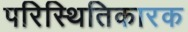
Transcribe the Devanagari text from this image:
परिस्थितिकारक